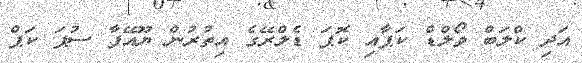
އަދި ކްލަބް ވޯލްޑް ކަޕާއި ކޮޕަ ޑެލްރޭގެ އިތުރުން ޔޫއޭފާ ސުޕަ ކަޕް